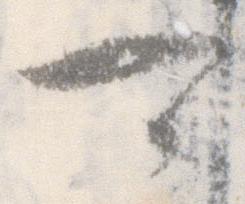
可